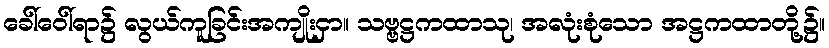
ခေါ်ဝေါ်ရာ၌ လွယ်ကူခြင်းအကျိုးငှာ။ သဗ္ဗဋ္ဌကထာသု၊ အလုံးစုံသော အဋ္ဌကထာတို့၌။